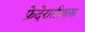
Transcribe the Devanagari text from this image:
फ़ेदेरातीवास